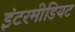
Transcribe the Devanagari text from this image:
इंटरमीडियट